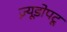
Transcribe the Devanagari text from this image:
ज्य़ूडोपटू